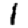
Digit: 1